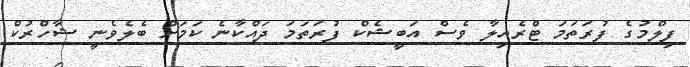
ފިލްމުގެ ފުރަތަމަ ޓްރެއިލާ ވެސް އަބީޝެކް ފުރަތަމަ ދައްކާނެ ކަމަށް ބެލެވެނީ ޝާހްރުކް